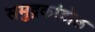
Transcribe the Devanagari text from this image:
समुद्रकांडोळ